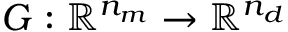
G : \mathbb { R } ^ { n _ { m } } \rightarrow \mathbb { R } ^ { n _ { d } }